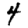
Digit: 4